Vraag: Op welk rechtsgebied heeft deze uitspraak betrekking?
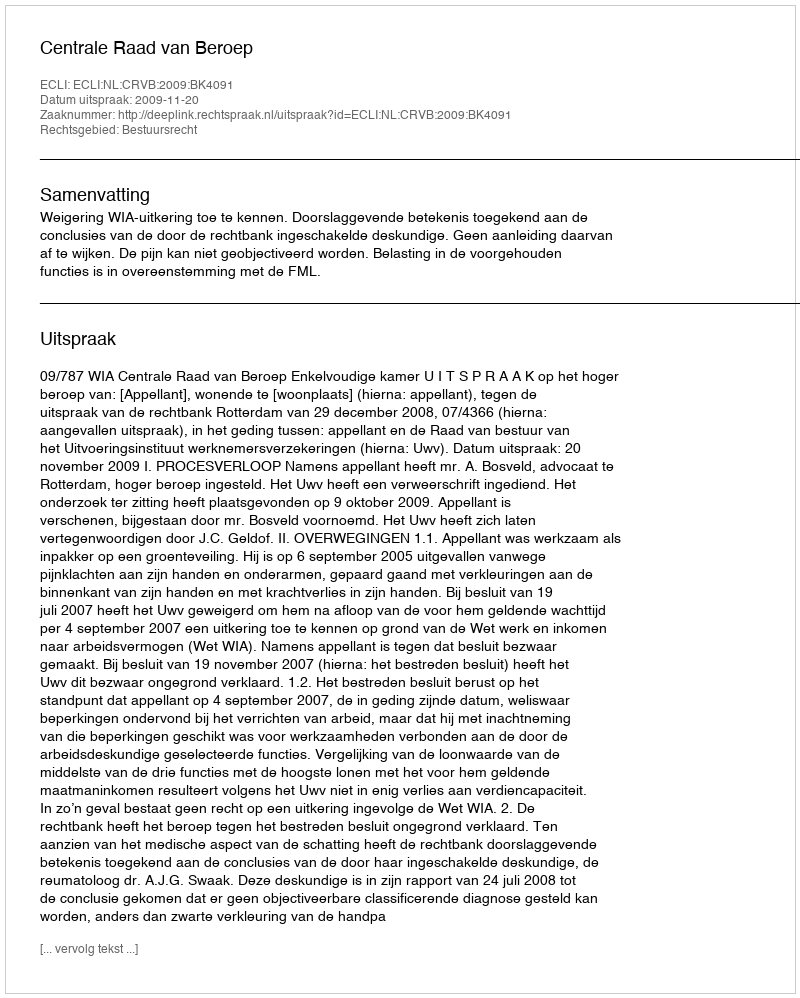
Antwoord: Bestuursrecht